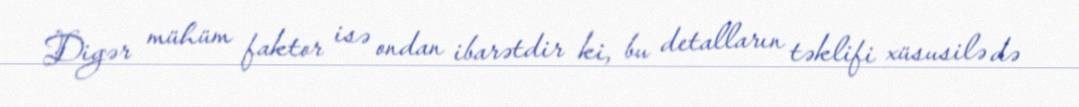
Digər mühüm faktor isə ondan ibarətdir ki, bu detalların təklifi xüsusilə də